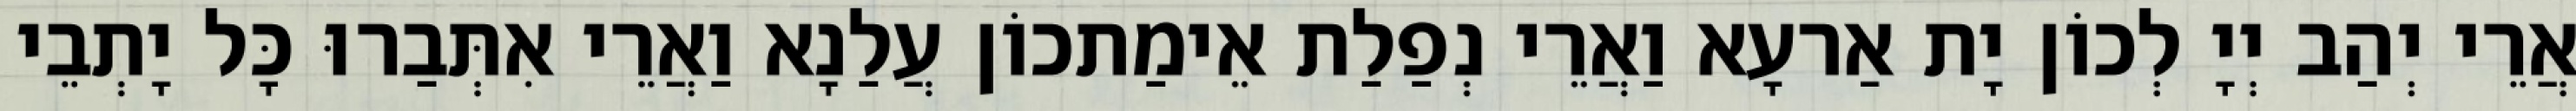
אֲרֵי יְהַב יְיָ לְכוֹן יָת אַרעָא וַאֲרֵי נְפַלַת אֵימַתכוֹן עֲלַנָא וַאֲרֵי אִתְּבַרוּ כָּל יָתְבֵי